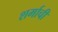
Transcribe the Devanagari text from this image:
शर्माची